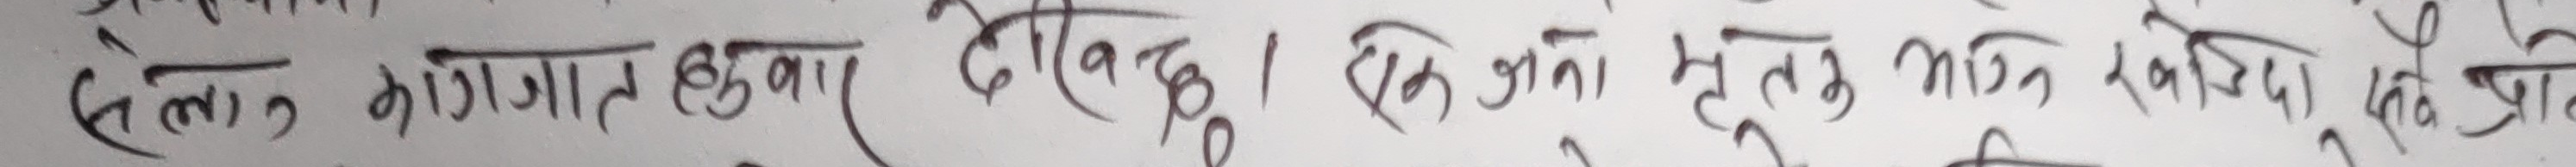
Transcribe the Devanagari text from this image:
सेलको कागजात हुदाँ हुन्छ । किन्हीं कुराहरु झिकि दिनु वादिने नै